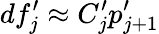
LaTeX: df_{j}^{\prime}\approx C_{j}^{\prime}p_{j+1}^{\prime}